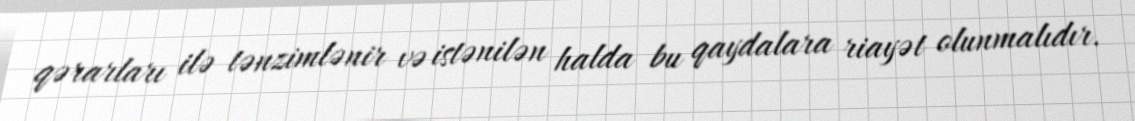
qərarları ilə tənzimlənir və istənilən halda bu qaydalara riayət olunmalıdır.